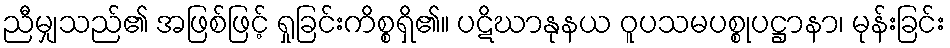
ညီမျှသည်၏ အဖြစ်ဖြင့် ရှုခြင်းကိစ္စရှိ၏။ ပဋိဃာနုနယ ဝူပသမပစ္စုပဋ္ဌာနာ၊ မုန်းခြင်း